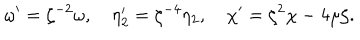
\omega ^ { \prime } = \zeta ^ { - 2 } \omega , \quad \eta _ { 2 } ^ { \prime } = \zeta ^ { - 4 } \eta _ { 2 } , \quad \chi ^ { \prime } = \zeta ^ { 2 } \chi - 4 \mu \zeta .